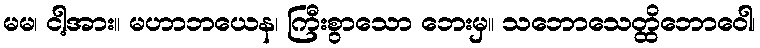
မမ၊ ငါ့အား။ မဟာဘယေန၊ ကြီးစွာသော ဘေးမှ။ သဘောသေတ္ထိဘောဝေါ၊